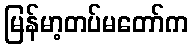
မြန်မာ့တပ်မတော်က